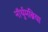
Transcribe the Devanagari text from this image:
नॉर्थुमब्रिया